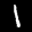
Label: 1